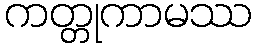
ကတ္တုကာမဿ